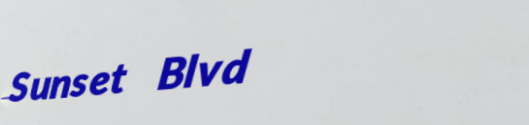
Sunset Blvd